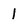
Character: l